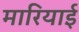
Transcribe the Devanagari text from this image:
मारियाई